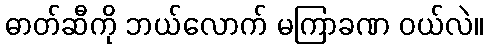
ဓာတ်ဆီကို ဘယ်လောက် မကြာခဏ ဝယ်လဲ။